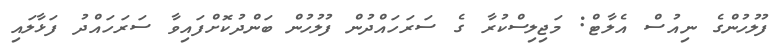
ފުލުހުންގެ ނިއުސް އެލާޓް: މަޖިލިސްކުރާ ގެ ސަރަހައްދުން ފުލުހުން ބަންދުކޮށްފައިވާ ސަރަހައްދު ފަޅާލައި